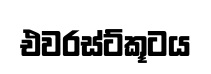
එවරස්ට්කූටය